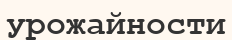
урожайности